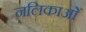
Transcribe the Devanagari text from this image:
नलिकाआें